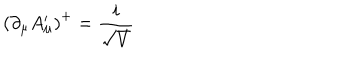
\left( \partial _ { \mu } A _ { \mu } ^ { \prime } \right) ^ { + } = \frac { i } { \sqrt { V } }